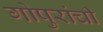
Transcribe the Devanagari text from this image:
गोपुरांची